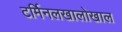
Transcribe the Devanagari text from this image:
टर्मिनलखालोखाल